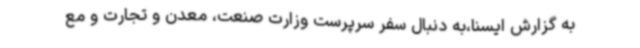
به گزارش ایسنا،به دنبال سفر سرپرست‌ وزارت صنعت، معدن و تجارت و مع